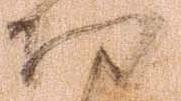
功